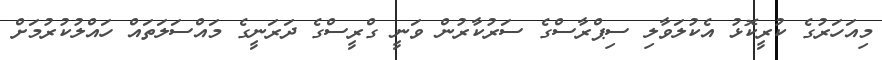
މިއަހަރުގެ ކުރީކޮޅު އެކުލަވާލި ސިޕްރާސްގެ ސަރުކާރުން ވަނީ ގްރީސްގެ ދަރަނީގެ މައްސަލަތައް ހައްލުކުުރުމަށް